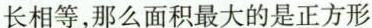
长相等，那么面积最大的是正方形